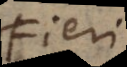
Fieri